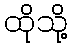
ထိုသို့